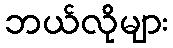
ဘယ်လိုများ